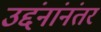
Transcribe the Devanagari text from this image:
उद्दंनांनंतर